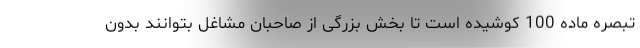
تبصره ماده 100 کوشیده است تا بخش بزرگی از صاحبان مشاغل بتوانند بدون